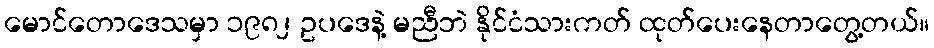
မောင်တောဒေသမှာ ၁၉၈၂ ဥပဒေနဲ့ မညီဘဲ နိုင်ငံသားကတ် ထုတ်ပေးနေတာတွေ့တယ်။